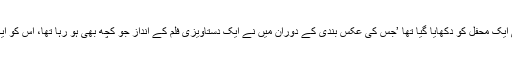
انھوں نے بتایا کہ اس فلم میں عید میلاد النبی کی ایک محفل کو دکھایا گیا تھا ’جس کی عکس بندی کے دوران میں نے ایک دستاویزی فلم کے انداز جو کچھ بھی ہو رہا تھا، اس کو ایک فیسٹیول اور جشن کے طور پر عکس بند کیا۔